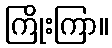
ကြိုးကြာ။